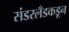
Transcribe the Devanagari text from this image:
संडरलँडकडून